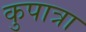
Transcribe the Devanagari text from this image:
कुपात्रा